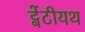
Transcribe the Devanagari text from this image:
ट्वेंटीयथ